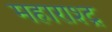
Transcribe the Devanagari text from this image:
महाराश्ट्र